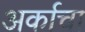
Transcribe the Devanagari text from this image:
अर्काचा